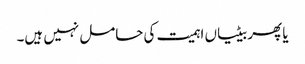
یا پھر بیٹیاں اہمیت کی حامل نہیں ہیں۔